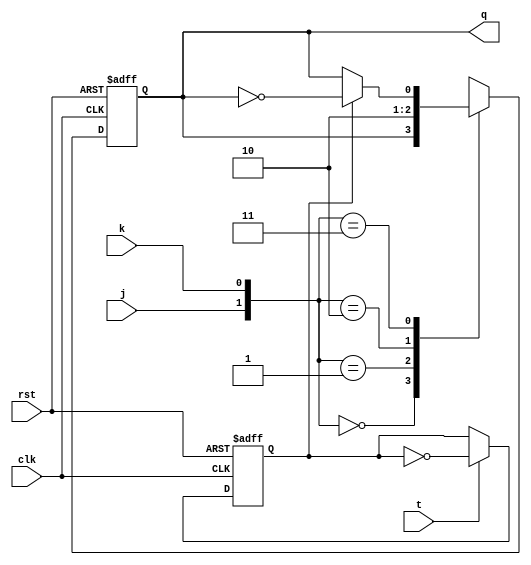
module t_ff_jk (
    input clk, // clock input
    input rst, // reset input
    input j,   // J input
    input k,   // K input
    input t,   // T input
    output reg q // output
);

reg toggle; // toggle signal

always @(posedge clk or posedge rst) begin
    if (rst) begin
        q <= 1'b0;
        toggle <= 1'b0;
    end else begin
        if (t) begin
            toggle <= ~toggle; // toggle the toggle signal
        end
        
        case ({j, k})
            2'b00: q <= q; // no change
            2'b01: q <= 1'b1; // set to 1
            2'b10: q <= 1'b0; // set to 0
            2'b11: q <= toggle ? ~q : q; // toggle output
        endcase
    end
end

endmodule